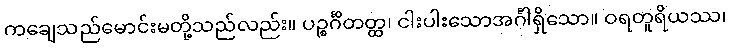
ကချေသည်မောင်းမတို့သည်လည်း။ ပဉ္စင်္ဂိတတ္ထ၊ ငါးပါးသောအင်္ဂါရှိသော။ ဝရတူရိယဿ၊